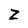
Character: Z